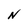
Character: N